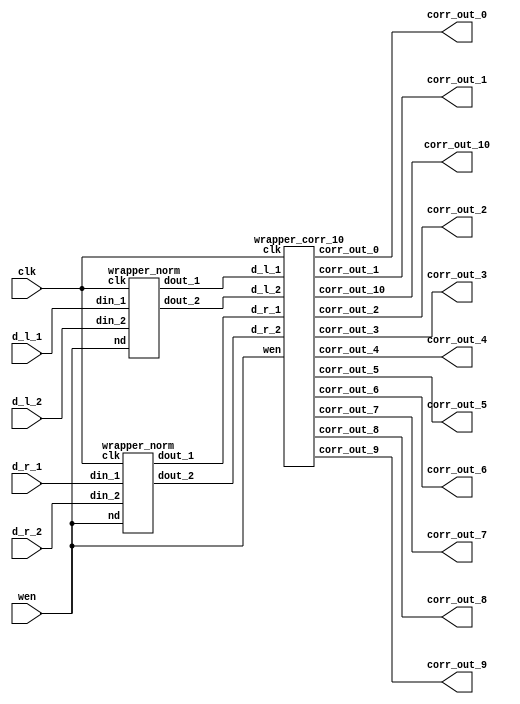

module wrapper_norm_corr_10 (clk, wen, d_l_1, d_l_2, d_r_1, d_r_2, corr_out_0, corr_out_1, corr_out_2, corr_out_3, corr_out_4, corr_out_5, corr_out_6, corr_out_7, corr_out_8, corr_out_9, corr_out_10);

   parameter sh_reg_w  = 4'b1000;
   input clk; 
   input wen; 
   input[15:0] d_l_1; 
   input[15:0] d_l_2; 
   input[15:0] d_r_1; 
   input[15:0] d_r_2; 
   output[2 * sh_reg_w - 1:0] corr_out_0; 
   wire[2 * sh_reg_w - 1:0] corr_out_0;
   output[2 * sh_reg_w - 1:0] corr_out_1; 
   wire[2 * sh_reg_w - 1:0] corr_out_1;
   output[2 * sh_reg_w - 1:0] corr_out_2; 
   wire[2 * sh_reg_w - 1:0] corr_out_2;
   output[2 * sh_reg_w - 1:0] corr_out_3; 
   wire[2 * sh_reg_w - 1:0] corr_out_3;
   output[2 * sh_reg_w - 1:0] corr_out_4; 
   wire[2 * sh_reg_w - 1:0] corr_out_4;
   output[2 * sh_reg_w - 1:0] corr_out_5; 
   wire[2 * sh_reg_w - 1:0] corr_out_5;
   output[2 * sh_reg_w - 1:0] corr_out_6; 
   wire[2 * sh_reg_w - 1:0] corr_out_6;
   output[2 * sh_reg_w - 1:0] corr_out_7; 
   wire[2 * sh_reg_w - 1:0] corr_out_7;
   output[2 * sh_reg_w - 1:0] corr_out_8; 
   wire[2 * sh_reg_w - 1:0] corr_out_8;
   output[2 * sh_reg_w - 1:0] corr_out_9; 
   wire[2 * sh_reg_w - 1:0] corr_out_9;
   output[2 * sh_reg_w - 1:0] corr_out_10; 
   wire[2 * sh_reg_w - 1:0] corr_out_10;

   wire[sh_reg_w - 1:0] d_l_1_nrm; 
   wire[sh_reg_w - 1:0] d_l_2_nrm; 
   wire[sh_reg_w - 1:0] d_r_1_nrm; 
   wire[sh_reg_w - 1:0] d_r_2_nrm; 

   wrapper_norm  norm_inst_left(.clk(clk), .nd(wen), .din_1(d_l_1), .din_2(d_l_2), .dout_1(d_l_1_nrm), .dout_2(d_l_2_nrm)); 
   wrapper_norm  norm_inst_right(.clk(clk), .nd(wen), .din_1(d_r_1), .din_2(d_r_2), .dout_1(d_r_1_nrm), .dout_2(d_r_2_nrm)); 
   wrapper_corr_10  corr_5_inst(.clk(clk), .wen(wen), .d_l_1(d_l_1_nrm), .d_l_2(d_l_2_nrm), .d_r_1(d_r_1_nrm), .d_r_2(d_r_2_nrm), .corr_out_0(corr_out_0), .corr_out_1(corr_out_1), .corr_out_2(corr_out_2), .corr_out_3(corr_out_3), .corr_out_4(corr_out_4), .corr_out_5(corr_out_5), .corr_out_6(corr_out_6), .corr_out_7(corr_out_7), .corr_out_8(corr_out_8), .corr_out_9(corr_out_9), .corr_out_10(corr_out_10));
endmodule
module wrapper_corr_10 (clk, wen, d_l_1, d_l_2, d_r_1, d_r_2, corr_out_0, corr_out_1, corr_out_2, corr_out_3, corr_out_4, corr_out_5, corr_out_6, corr_out_7, corr_out_8, corr_out_9, corr_out_10);

   parameter sh_reg_w  = 4'b1000;
   input clk; 
   input wen; 
   input[7:0] d_l_1; 
   input[7:0] d_l_2; 
   input[7:0] d_r_1; 
   input[7:0] d_r_2; 
   output[2 * sh_reg_w - 1:0] corr_out_0; 
   reg[2 * sh_reg_w - 1:0] corr_out_0;
   output[2 * sh_reg_w - 1:0] corr_out_1; 
   reg[2 * sh_reg_w - 1:0] corr_out_1;
   output[2 * sh_reg_w - 1:0] corr_out_2; 
   reg[2 * sh_reg_w - 1:0] corr_out_2;
   output[2 * sh_reg_w - 1:0] corr_out_3; 
   reg[2 * sh_reg_w - 1:0] corr_out_3;
   output[2 * sh_reg_w - 1:0] corr_out_4; 
   reg[2 * sh_reg_w - 1:0] corr_out_4;
   output[2 * sh_reg_w - 1:0] corr_out_5; 
   reg[2 * sh_reg_w - 1:0] corr_out_5;
   output[2 * sh_reg_w - 1:0] corr_out_6; 
   reg[2 * sh_reg_w - 1:0] corr_out_6;
   output[2 * sh_reg_w - 1:0] corr_out_7; 
   reg[2 * sh_reg_w - 1:0] corr_out_7;
   output[2 * sh_reg_w - 1:0] corr_out_8; 
   reg[2 * sh_reg_w - 1:0] corr_out_8;
   output[2 * sh_reg_w - 1:0] corr_out_9; 
   reg[2 * sh_reg_w - 1:0] corr_out_9;
   output[2 * sh_reg_w - 1:0] corr_out_10; 
   reg[2 * sh_reg_w - 1:0] corr_out_10;

   wire[sh_reg_w - 1:0] out_r1; 
   wire[sh_reg_w - 1:0] out_01; 
   wire[sh_reg_w - 1:0] out_11; 
   wire[sh_reg_w - 1:0] out_21; 
   wire[sh_reg_w - 1:0] out_31; 
   wire[sh_reg_w - 1:0] out_41; 
   wire[sh_reg_w - 1:0] out_51; 
   wire[sh_reg_w - 1:0] out_61; 
   wire[sh_reg_w - 1:0] out_71; 
   wire[sh_reg_w - 1:0] out_81; 
   wire[sh_reg_w - 1:0] out_91; 
   wire[sh_reg_w - 1:0] out_101; 
   wire[sh_reg_w - 1:0] out_r2; 
   wire[sh_reg_w - 1:0] out_02; 
   wire[sh_reg_w - 1:0] out_12; 
   wire[sh_reg_w - 1:0] out_22; 
   wire[sh_reg_w - 1:0] out_32; 
   wire[sh_reg_w - 1:0] out_42; 
   wire[sh_reg_w - 1:0] out_52; 
   wire[sh_reg_w - 1:0] out_62; 
   wire[sh_reg_w - 1:0] out_72; 
   wire[sh_reg_w - 1:0] out_82; 
   wire[sh_reg_w - 1:0] out_92; 

   wire[sh_reg_w - 1:0] out_102; 
   wire[2 * sh_reg_w - 1:0] corr_out_0_tmp; 
   wire[2 * sh_reg_w - 1:0] corr_out_1_tmp; 
   wire[2 * sh_reg_w - 1:0] corr_out_2_tmp; 
   wire[2 * sh_reg_w - 1:0] corr_out_3_tmp; 
   wire[2 * sh_reg_w - 1:0] corr_out_4_tmp; 
   wire[2 * sh_reg_w - 1:0] corr_out_5_tmp; 
   wire[2 * sh_reg_w - 1:0] corr_out_6_tmp; 
   wire[2 * sh_reg_w - 1:0] corr_out_7_tmp; 
   wire[2 * sh_reg_w - 1:0] corr_out_8_tmp; 
   wire[2 * sh_reg_w - 1:0] corr_out_9_tmp; 
   wire[2 * sh_reg_w - 1:0] corr_out_10_tmp; 

   sh_reg  inst_sh_reg_r_1(clk, wen, d_r_1, d_r_2, out_r1, out_r2); 

   sh_reg  inst_sh_reg_0(clk, wen, d_l_1, d_l_2, out_01, out_02); 

   sh_reg  inst_sh_reg_1(clk, wen, out_01, out_02, out_11, out_12); 

   sh_reg  inst_sh_reg_2(clk, wen, out_11, out_12, out_21, out_22); 

   sh_reg  inst_sh_reg_3(clk, wen, out_21, out_22, out_31, out_32); 

   sh_reg  inst_sh_reg_4(clk, wen, out_31, out_32, out_41, out_42); 

   sh_reg  inst_sh_reg_5(clk, wen, out_41, out_42, out_51, out_52); 

   sh_reg  inst_sh_reg_6(clk, wen, out_51, out_52, out_61, out_62); 

   sh_reg  inst_sh_reg_7(clk, wen, out_61, out_62, out_71, out_72); 

   sh_reg  inst_sh_reg_8(clk, wen, out_71, out_72, out_81, out_82); 

   sh_reg  inst_sh_reg_9(clk, wen, out_81, out_82, out_91, out_92); 

   sh_reg  inst_sh_reg_10(clk, wen, out_91, out_92, out_101, out_102); 

   corr  inst_corr_0(clk, wen, out_01, out_02, out_r1, out_r2, corr_out_0_tmp); 

   corr  inst_corr_1(clk, wen, out_11, out_12, out_r1, out_r2, corr_out_1_tmp); 

   corr  inst_corr_2(clk, wen, out_21, out_22, out_r1, out_r2, corr_out_2_tmp); 

   corr  inst_corr_3(clk, wen, out_31, out_32, out_r1, out_r2, corr_out_3_tmp); 

   corr  inst_corr_4(clk, wen, out_41, out_42, out_r1, out_r2, corr_out_4_tmp); 

   corr  inst_corr_5(clk, wen, out_51, out_52, out_r1, out_r2, corr_out_5_tmp); 

   corr  inst_corr_6(clk, wen, out_61, out_62, out_r1, out_r2, corr_out_6_tmp); 

   corr  inst_corr_7(clk, wen, out_71, out_72, out_r1, out_r2, corr_out_7_tmp); 

   corr  inst_corr_8(clk, wen, out_81, out_82, out_r1, out_r2, corr_out_8_tmp); 

   corr  inst_corr_9(clk, wen, out_91, out_92, out_r1, out_r2, corr_out_9_tmp); 

   corr  inst_corr_10(clk, wen, out_101, out_102, out_r1, out_r2, corr_out_10_tmp); 

   always @(posedge clk)
   begin
         if (wen == 1'b1)
         begin
            corr_out_0 <= corr_out_0_tmp ; 
            corr_out_1 <= corr_out_1_tmp ; 
            corr_out_2 <= corr_out_2_tmp ; 
            corr_out_3 <= corr_out_3_tmp ; 
            corr_out_4 <= corr_out_4_tmp ; 
            corr_out_5 <= corr_out_5_tmp ; 
            corr_out_6 <= corr_out_6_tmp ; 
            corr_out_7 <= corr_out_7_tmp ; 
            corr_out_8 <= corr_out_8_tmp ; 
            corr_out_9 <= corr_out_9_tmp ; 
            corr_out_10 <= corr_out_10_tmp ; 
         end 
         else
         begin
            corr_out_0 <= corr_out_0; 
            corr_out_1 <= corr_out_1; 
            corr_out_2 <= corr_out_2; 
            corr_out_3 <= corr_out_3; 
            corr_out_4 <= corr_out_4; 
            corr_out_5 <= corr_out_5; 
            corr_out_6 <= corr_out_6; 
            corr_out_7 <= corr_out_7; 
            corr_out_8 <= corr_out_8; 
            corr_out_9 <= corr_out_9; 
            corr_out_10 <= corr_out_10; 
         end 

   end 
endmodule
module corr (clk, new_data, in_l_re, in_l_im, in_r_re, in_r_im, corr_out);

    parameter sh_reg_w  = 4'b1000;
    input clk; 
    input new_data; 
    input[sh_reg_w - 1:0] in_l_re; 
    input[sh_reg_w - 1:0] in_l_im; 
    input[sh_reg_w - 1:0] in_r_re; 
    input[sh_reg_w - 1:0] in_r_im; 
    output[2 * sh_reg_w - 1:0] corr_out; 
    reg[2 * sh_reg_w - 1:0] corr_out;
    wire[sh_reg_w - 1:0] in_l_re_reg; 
    wire[sh_reg_w - 1:0] in_l_im_reg; 
    wire[sh_reg_w - 1:0] in_r_re_reg; 
    wire[sh_reg_w - 1:0] in_r_im_reg; 
    reg[2 * sh_reg_w - 1:0] lrexrre_reg; 
    reg[2 * sh_reg_w - 1:0] limxrim_reg; 
    reg[2 * sh_reg_w - 1:0] corr_out_tmp; 

    always @(posedge clk)
    begin
			// PAJ - edf xilinx files converted to multiply 
			lrexrre_reg <= in_l_re * in_r_re;
			limxrim_reg <= in_l_im * in_r_im;

          if (new_data == 1'b1)
          begin
             corr_out <= corr_out_tmp ; 
          end 
          else
          begin
             corr_out <= corr_out; 
          end 
          corr_out_tmp <= lrexrre_reg + limxrim_reg ; 
    end 
 endmodule
module wrapper_norm (clk, nd, din_1, din_2, dout_1, dout_2);

   parameter sh_reg_w  = 4'b1000;
   input clk; 
   input nd; 
   input[15:0] din_1; 
   input[15:0] din_2; 
   output[sh_reg_w - 1:0] dout_1; 
   wire[sh_reg_w - 1:0] dout_1;
   output[sh_reg_w - 1:0] dout_2; 
   wire[sh_reg_w - 1:0] dout_2;

   reg[15:0] din_1_reg; 
   reg[15:0] din_2_reg; 
   reg[15:0] din_1_tmp1; 
   reg[15:0] din_2_tmp1; 
   reg[15:0] din_1_tmp2; 
   reg[15:0] din_2_tmp2; 
   reg[15:0] addin_1; 
   reg[15:0] addin_2; 
   reg[16:0] add_out; 

   my_wrapper_divider my_div_inst_1 (nd, clk, din_1_tmp2, add_out, dout_1); 
   my_wrapper_divider my_div_inst_2 (nd, clk, din_2_tmp2, add_out, dout_2); 

   always @(posedge clk)
   begin
         if (nd == 1'b1)
         begin
            din_1_reg <= din_1 ; 
            din_2_reg <= din_2 ; 
         end 
         else
         begin
            din_1_reg <= din_1_reg ; 
            din_2_reg <= din_2_reg; 
         end 
         din_1_tmp1 <= din_1_reg ; 
         din_1_tmp2 <= din_1_tmp1 ; 
         din_2_tmp1 <= din_2_reg ; 
         din_2_tmp2 <= din_2_tmp1 ; 
         if ((din_1_reg[15]) == 1'b0)
         begin
            addin_1 <= din_1_reg ; 
         end
         else
         begin
            addin_1 <= 16'b0000000000000000 - din_1_reg ; 
         end 
         if ((din_2_reg[15]) == 1'b0)
         begin
            addin_2 <= din_2_reg + 16'b0000000000000001 ; 
         end
         else
         begin
            addin_2 <= 16'b0000000000000001 - din_2_reg ; 
         end 
         add_out <= ({addin_1[15], addin_1}) + ({addin_2[15], addin_2}) ; 
   end 
endmodule

module my_wrapper_divider(rst, clk, data_in_a, data_in_b, data_out);
	parameter INPUT_WIDTH_A = 5'b10000;
	parameter INPUT_WIDTH_B = 5'b10001;
	parameter OUTPUT_WIDTH = 4'b1000;

	parameter S1 = 2'b00;
	parameter S2 = 2'b01;
	parameter S3 = 2'b10;
	parameter S4 = 2'b11;

	input rst;
	input clk;
	input [INPUT_WIDTH_A-1:0]data_in_a;
	input [INPUT_WIDTH_B-1:0]data_in_b;
	output [OUTPUT_WIDTH-1:0]data_out;
	wire [OUTPUT_WIDTH-1:0]data_out;

	wire [OUTPUT_WIDTH-1:0]Remainder;

	reg start, LA, EB;
	wire Done;
	reg[1:0] y, Y;

	my_divider my_divider_inst(clk, rst, start, LA, EB, data_in_a, data_in_b, Remainder, data_out, Done);

	always @(posedge clk)
	begin
		if (rst == 0)
			y <= S1;
		else
			y <= Y;
	end

	always @(y)
	begin
		case (y)
			S1 :
			begin	
				LA = 0;
				EB = 0;
				start = 0;
				Y = S2;
			end
			S2 : 
			begin
				LA = 1;
				EB = 1;
				start = 0;
				Y = S3;
			end
			S3 : 
			begin
				LA = 0;
				EB = 0;
				start = 1;
				Y = S4;
			end
			S4 : 
			begin
				LA = 0;
				EB = 0;
				start = 0;
				if (Done == 1'b1)
				begin
					Y = S1;
				end
				else
				begin
					Y = S4;
				end
			end
		endcase
	end
endmodule
module my_divider(clk, rst, start, LA, EB, data_in_a, data_in_b, Remainder, data_out, Done);

	parameter INPUT_WIDTH_A = 5'b10000;
	parameter INPUT_WIDTH_B = 5'b10001;
	parameter OUTPUT_WIDTH = 4'b1000;
	parameter LOGN = 3'b100;

	parameter S1 = 2'b00;
	parameter S2 = 2'b01;
	parameter S3 = 2'b10;

	input clk;
	input [INPUT_WIDTH_A-1:0]data_in_a;
	input [INPUT_WIDTH_B-1:0]data_in_b;
	input rst;
	input start;
	input LA;
	input EB;
	output [OUTPUT_WIDTH-1:0]data_out;
	wire [OUTPUT_WIDTH-1:0]data_out;
	output [OUTPUT_WIDTH-1:0]Remainder;
	reg [OUTPUT_WIDTH-1:0]Remainder;
	output Done;
	reg Done;

	wire Cout, zero;
	wire [INPUT_WIDTH_A-1:0] Sum;
	reg [1:0] y, Y;
	reg [LOGN-1:0] Count;
	reg EA, Rsel, LR, ER, ER0, LC, EC;
	reg [INPUT_WIDTH_B-1:0] RegB;
	reg [INPUT_WIDTH_A-1:0] DataA;
	reg ff0;

	always @(start or y or zero)
	begin
		case(y)
			S1:
			begin
				if (start == 0)
					Y = S1;
				else
					Y = S2;
			end
			S2:
			begin
				if (zero == 0)
					Y = S2;
				else
					Y = S3;
			end
			S3:
			begin
				if (start == 1)
					Y = S3;
				else
					Y = S1;
			end
			default:
			begin
				Y = 2'b00;
			end
		endcase
	end

	always @(posedge clk)
	begin
		if (rst == 0)
			y <= S1;
		else
			y <= Y;
	end

	always @(y or start or Cout or zero)
	begin
		case (y)
			S1:
			begin
				LC = 1;
				ER = 1;
				EC = 0;
				Rsel = 0;
				Done = 0;
				if (start == 0)
				begin
					LR = 1;
					ER0 = 1;
					EA = 0;
				end	
				else
				begin
					LR = 0; 
					EA = 1;
					ER0 = 1;
				end
			end
			S2:
			begin
				LC = 0;
				ER = 1;
				Rsel = 1;	
				Done = 0;
				ER0 = 1;
				EA = 1;
				if (Cout)
					LR = 1;
				else
					LR = 0;
				if (zero == 0)
					EC = 1;
				else
					EC = 0;
			end
			S3:
			begin
				Done = 1;
				LR = 0;
				LC = 0;
				ER = 0;
				EC = 0;
				Rsel = 0;
				ER0 = 0;
				EA = 0;
			end
			default:
			begin
				Done = 0;
				LR = 0;
				LC = 0;
				ER = 0;
				EC = 0;
				Rsel = 0;
				ER0 = 0;
				EA = 0;
			end
		endcase
	end	

	always @(posedge clk)
	begin
		if (rst == 1)
		begin
			RegB <= 0;
			Remainder <= 0;
			DataA <= 0;
			ff0 <= 0;
			Count <= 0;
		end	
		else
		begin
			if (EB == 1)
			begin
				RegB <= data_in_b;
			end
			else
			begin
				RegB <= RegB;
			end

			if (LR == 1)
			begin
				Remainder <= Rsel ? Sum : 0;
			end
			else if (ER == 1)
			begin
				Remainder <= (Remainder << 1) | ff0;
			end
			else
			begin
				Remainder <= Remainder;
			end

			if (LA == 1)
			begin
				DataA <= data_in_a;
			end
			else if (EA == 1)
			begin
				DataA <= (DataA << 1) | Cout;
			end
			else
			begin
				DataA <= DataA;
			end

			if (ER0 == 1)
			begin
				ff0 <=  DataA[INPUT_WIDTH_A-1];
			end
			else
			begin
				ff0 <= 0;
			end

			if (LC == 1)
			begin
				Count <= 0;
			end
			else if (EC == 1)
			begin
				Count <= Count + 1;
			end
			else
			begin
				Count <= Count;
			end
		end
	end	

	assign zero = (Count == 0);
	assign Sum = {Remainder, ff0} + (~RegB + 1);
	assign Cout = Sum[INPUT_WIDTH_A-1:0];
	assign data_out = DataA; 

endmodule

module sh_reg (clk, wen, din_1, din_2, dout_1, dout_2);

   parameter sh_reg_w  = 4'b1000;
   input clk; 
   input wen; 
   input[sh_reg_w - 1:0] din_1; 
   input[sh_reg_w - 1:0] din_2; 
   output[sh_reg_w - 1:0] dout_1; 
   reg[sh_reg_w - 1:0] dout_1;
   output[sh_reg_w - 1:0] dout_2; 
   reg[sh_reg_w - 1:0] dout_2;

   always @(posedge clk)
   begin
         if (wen == 1'b1)
         begin
            dout_1 <= din_1 ; 
            dout_2 <= din_2 ; 
         end 
		else
		begin
            dout_1 <= dout_1 ; 
            dout_2 <= dout_2 ; 
		end
   end 
endmodule